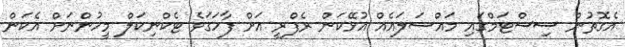
އެގޮތުން ސިސްޓަމްގައި މައްސަލައެއް އުޅޭކަން ރެފްރީ އަށް ފާހަގަވެ ޓެކްނިކަލް މީހުންނަށް އެކަން